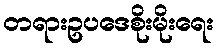
တရားဥပဒေစိုးမိုးရေး